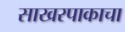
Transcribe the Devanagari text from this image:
साखरपाकाचा